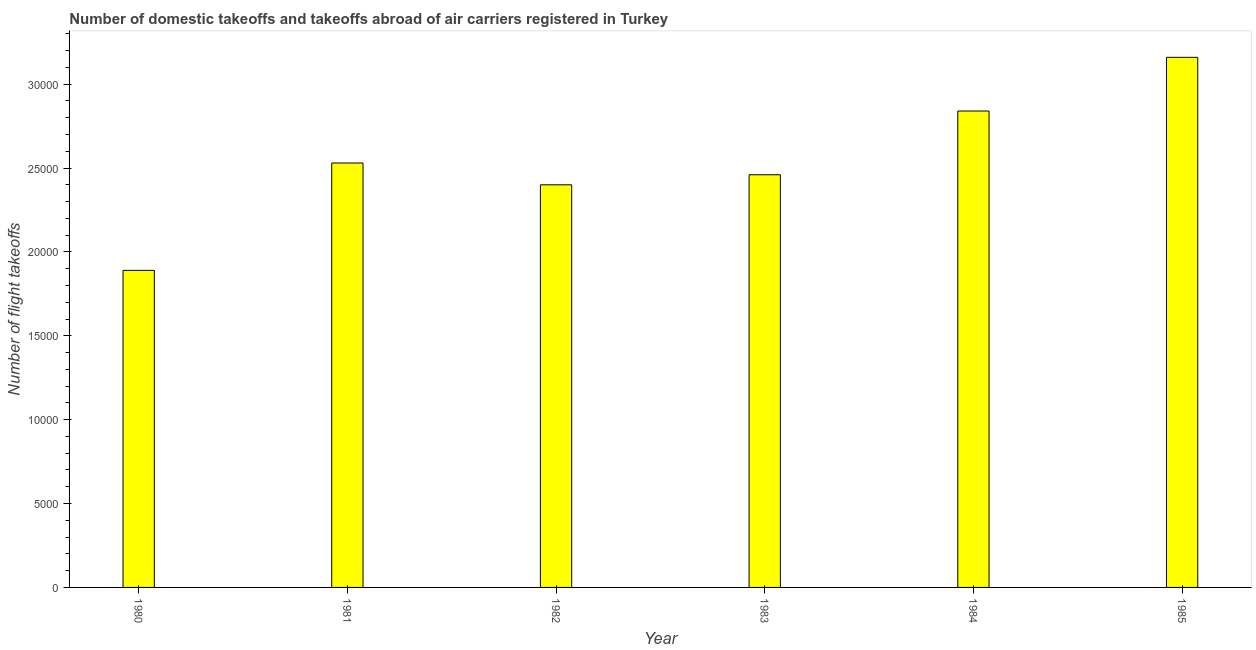
| Year | Air transport |
 | --- | --- |
 | 1980 | 1.89e+04 |
 | 1981 | 2.53e+04 |
 | 1982 | 2.4e+04 |
 | 1983 | 2.46e+04 |
 | 1984 | 2.84e+04 |
 | 1985 | 3.16e+04 |